Indian journal of veterinary science and animal husbandry - Volume 13,
Year: 1943
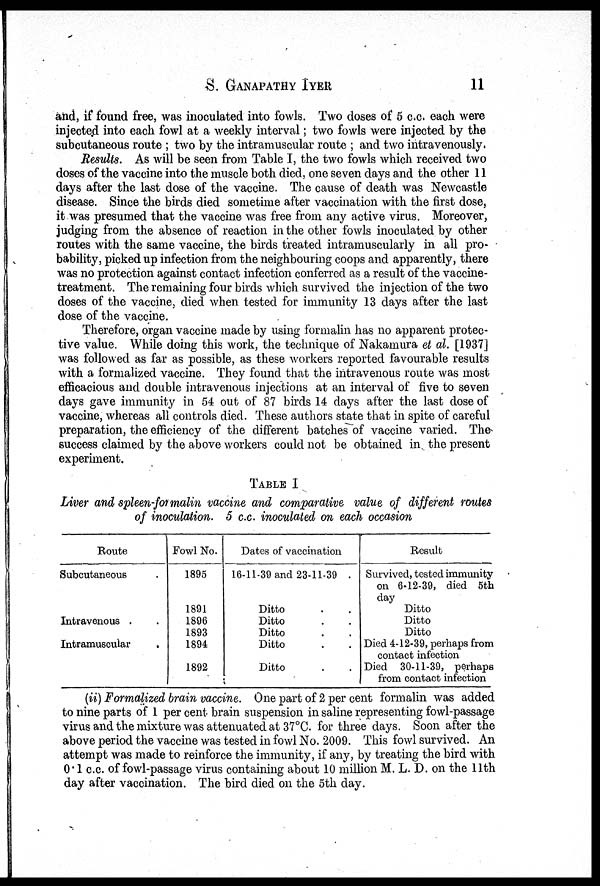
S.
GANAPATHY
IYER
11
and, if found free, was inoculated into fowls. Two doses of 5 c.c. each were
injected into each fowl at a weekly interval; two fowls were injected by the
subcutaneous route ; two by the intramuscular route ; and two intravenously.
Results. As will be seen from Table I, the two fowls which received two
doses of the vaccine into the muscle both died, one seven days and the other 11
days after the last dose of the vaccine. The cause of death was Newcastle
disease. Since the birds died sometime after vaccination with the first dose,
it was presumed that the vaccine was free from any active virus. Moreover,
judging from the absence of reaction in the other fowls inoculated by other
routes with the same vaccine, the birds treated intramuscularly in all pro-
bability, picked up infection from the neighbouring coops and apparently, there
was no protection against contact infection conferred as a result of the vaccine-
treatment. The remaining four birds which survived the injection of the two
doses of the vaccine, died when tested for immunity 13 days after the last
dose of the vaccine.
Therefore, organ vaccine made by using formalin has no apparent protec-
tive value. While doing this work, the technique of Nakamura et al. [1937]
was followed as far as possible, as these workers reported favourable results
with a formalized vaccine. They found that the intravenous route was most
efficacious and double intravenous injections at an interval of five to seven
days gave immunity in 54 out of 87 birds 14 days after the last dose of
vaccine, whereas all controls died. These authors state that in spite of careful
preparation, the efficiency of the different batches of vaccine varied. The
success claimed by the above workers could not be obtained in the present
experiment.
TABLE I
Liver and spleen-formalin vaccine and comparative value of different routes
of inoculation. 5 c.c. inoculated on each occasion
Route
Subcutaneous .
Intravenous . .
Intramuscular .
Fowl No.
1895
1891
1896
1893
1894
1892
Dates of vaccination
16-11-39 and 23-11-39 .
Ditto . .
Ditto . .
Ditto . .
Ditto . .
Ditto
Result
Survived, tested immimity
on 6-12-39, died 5th
day
Ditto
Ditto
Ditto
Died 4-12-39, perhaps from
contact infection
Died 30-11-39, perhaps
from contact infection
(ii) Formalized brain vaccine. One part of 2 per cent formalin was added
to nine parts of 1 per cent brain suspension in saline representing fowl-passage
virus and the mixture was attenuated at 37°C. for three days. Soon after the
above period the vaccine was tested in fowl No. 2009. This fowl survived. An
attempt was made to reinforce the immunity, if any, by treating the bird with
0.1 c.c. of fowl-passage virus containing about 10 million M. L. D. on the 11th
day after vaccination. The bird died on the 5th day.